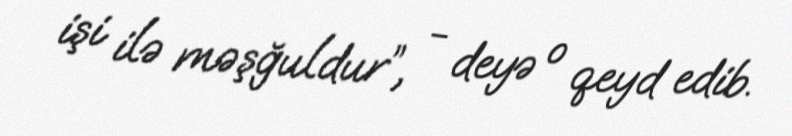
işi ilə məşğuldur”, - deyə o qeyd edib.